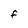
Character: F